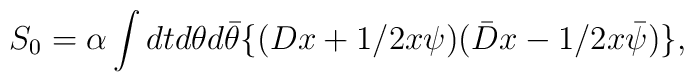
S_0=\alpha\int dtd\theta d\bar{\theta}\{ (Dx+1/2x\psi) (\bar D x-1/2x\bar\psi)\},